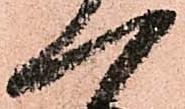
一